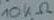
Text: 10kΩ